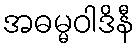
အဓမ္မဝါဒိနီ